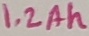
Text: 1.2Ah